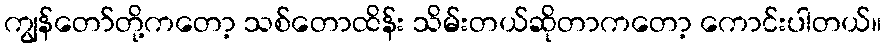
ကျွန်တော်တို့ကတော့ သစ်တောထိန်း သိမ်းတယ်ဆိုတာကတော့ ကောင်းပါတယ်။